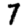
Digit: 7